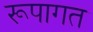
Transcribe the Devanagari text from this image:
रूपागत